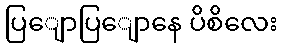
ပြျောပြျောနေ ပိစိလေး